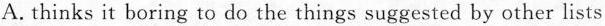
A. thinks it boring to do the things suggested by other lists